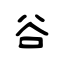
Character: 谷